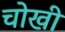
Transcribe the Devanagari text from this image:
चोखी